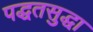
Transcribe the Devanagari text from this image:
पद्धतसुद्धा